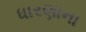
ધારણાના